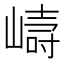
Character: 𭗇